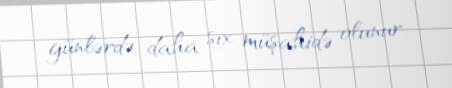
günlərdə daha sıx müşahidə olunur.